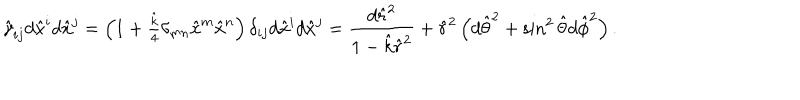
\hat { \gamma } _ { i j } d \hat { x } ^ { i } d \hat { x } ^ { j } = \left( 1 + \textstyle { \frac { \hat { k } } { 4 } } \delta _ { m n } \hat { x } ^ { m } \hat { x } ^ { n } \right) \delta _ { i j } d \hat { x } ^ { i } d \hat { x } ^ { j } = { \frac { d \hat { r } ^ { 2 } } { 1 - \hat { k } \hat { r } ^ { 2 } } } + \hat { r } ^ { 2 } \left( d \hat { \theta } ^ { 2 } + \sin ^ { 2 } \hat { \theta } d \hat { \phi } ^ { 2 } \right) .